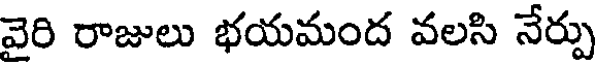
వైరి రాజులు భయమంద వలసి నేర్పు